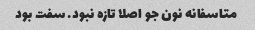
متاسفانه نون جو اصلا تازه نبود. سفت بود